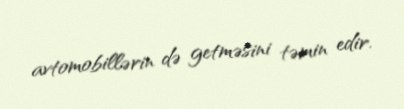
avtomobillərin də getməsini təmin edir.